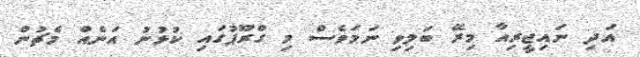
އަދި ނައިޖީރިއާ މިރޭ ބަލިވި ނަމަވެސް މި ގްރޫޕުގައި ކުޅުނު އަނެއް މެޗުން